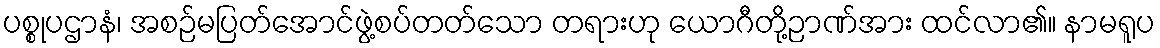
ပစ္စုပဌာနံ၊ အစဉ်မပြတ်အောင်ဖွဲ့စပ်တတ်သော တရားဟု ယောဂီတို့ဉာဏ်အား ထင်လာ၏။ နာမရူပ